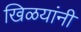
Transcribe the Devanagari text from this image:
खिळयांनी